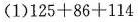
(1) $$1 2 5 + 8 6 + 1 1 4$$